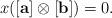
LaTeX: \begin{align*} x([\mathbf{a}]\otimes [\mathbf{b}])=0. \end{align*}